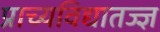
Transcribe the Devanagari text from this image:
प्राच्यविद्यातज्‍ज्ञ